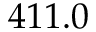
4 1 1 . 0